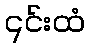
၎င်းထံ